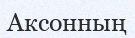
Аксонның